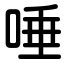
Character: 唾